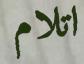
اتلام